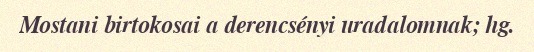
Mostani birtokosai a derencsényi uradalomnak; hg.